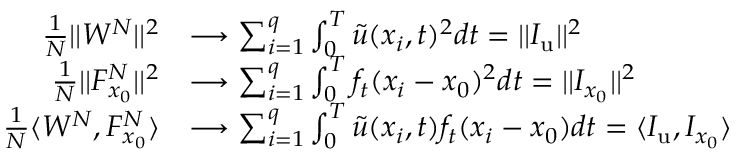
\begin{array} { r l } { \frac { 1 } { N } | | W ^ { N } | | ^ { 2 } } & { \longrightarrow \sum _ { i = 1 } ^ { q } \int _ { 0 } ^ { T } \tilde { u } ( x _ { i } , t ) ^ { 2 } d t = | | I _ { \mathrm { u } } | | ^ { 2 } } \\ { \frac { 1 } { N } | | F _ { x _ { 0 } } ^ { N } | | ^ { 2 } } & { \longrightarrow \sum _ { i = 1 } ^ { q } \int _ { 0 } ^ { T } f _ { t } ( x _ { i } - x _ { 0 } ) ^ { 2 } d t = | | I _ { x _ { 0 } } | | ^ { 2 } } \\ { \frac { 1 } { N } \langle W ^ { N } , F _ { x _ { 0 } } ^ { N } \rangle } & { \longrightarrow \sum _ { i = 1 } ^ { q } \int _ { 0 } ^ { T } \tilde { u } ( x _ { i } , t ) f _ { t } ( x _ { i } - x _ { 0 } ) d t = \langle I _ { \mathrm { u } } , I _ { x _ { 0 } } \rangle } \end{array}